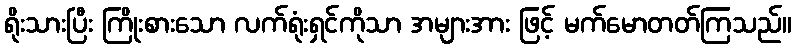
ရိုးသားပြီး ကြိုးစားသော လက်ရုံးရှင်ကိုသာ အများအား ဖြင့် မက်မောတတ်ကြသည်။